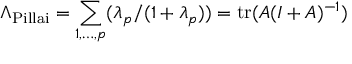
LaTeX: \Lambda _ { \mathrm { P i l l a i } } = \sum _ { 1 , \ldots , p } ( \lambda _ { p } / ( 1 + \lambda _ { p } ) ) = \operatorname { t r } ( A ( I + A ) ^ { - 1 } )